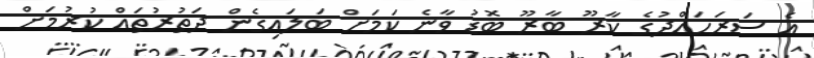
އެ ސަރަހައްދުގެ ކާރޫ ބާރޫ ބޮޑު ވާނެ ކަމަށް ބަލައިގެން ދަތުރުތައް ކުރުމަށް